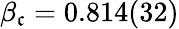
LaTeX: \beta_{\mathfrak{c}}=0.814(32)